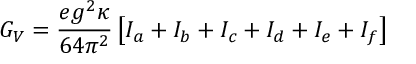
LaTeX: G _ { V } = \frac { e g ^ { 2 } \kappa } { 6 4 \pi ^ { 2 } } \left[ I _ { a } + I _ { b } + I _ { c } + I _ { d } + I _ { e } + I _ { f } \right]